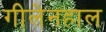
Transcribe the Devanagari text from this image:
गीलेनहाल